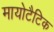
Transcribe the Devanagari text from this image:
मायोटैटिक